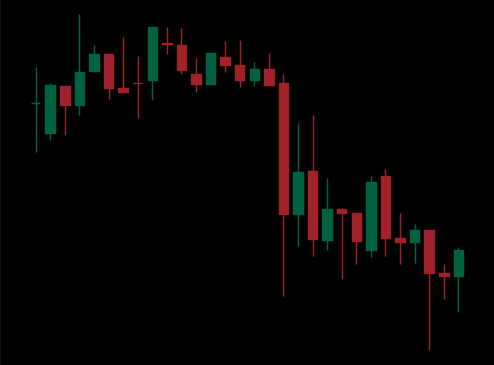
Pattern: unclassified